画像に写った文字を読んでください
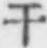
「干」と書いてあります